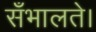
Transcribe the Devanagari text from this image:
सँभालते।